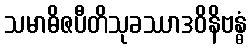
သမာဓိဇပီတိသုခဿာဒဝိနိဗန္ဓံ